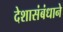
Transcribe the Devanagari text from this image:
देशासंबंधाने